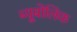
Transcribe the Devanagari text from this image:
ब्यूबोलिक